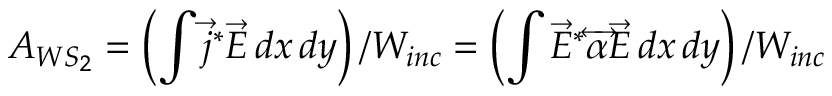
A _ { W S _ { 2 } } = \left( \int \vec { j } ^ { * } \vec { E } \, d x \, d y \right) / W _ { i n c } = \left( \int \vec { E } ^ { * } \overleftrightarrow { \alpha } \vec { E } \, d x \, d y \right) / W _ { i n c }